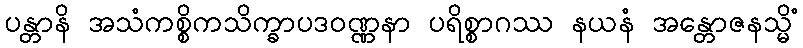
ပန္တာနိ အသံကစ္စိကသိက္ခာပဒဝဏ္ဏနာ ပရိစ္စာဂဿ နယနံ အန္တောဇနသ္မိံ